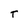
Character: T